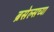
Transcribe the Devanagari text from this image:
ब्रसेल्सच्या